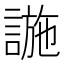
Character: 𧩹